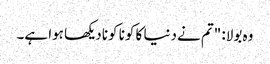
وہ بولا: "تم نے دنیا کا کونا کونا دیکھا ہوا ہے۔